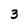
Character: 3